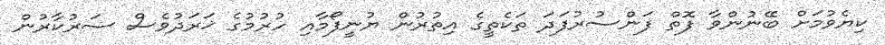
ކިޔެވުމަށް ބޭނުންވާ ފޮތް ފަންސުރުފަދަ ތަކެތީގެ އިތުރުން ޔުނީފޯމާއި ހުރުމުގެ ޚަރަދުވެސް ސަރުކާރުން